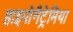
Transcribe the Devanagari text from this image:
हाइपोनैट्रेमिया